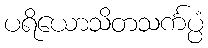
ပရိယောသိတသင်္ကပ္ပံ